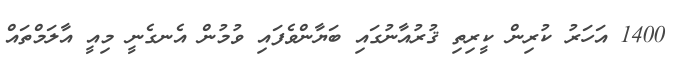
1400 އަހަރު ކުރިން ކީރިތި ޤުރުއާނުގައި ބަޔާންވެފައި ވުމުން އެނގެނީ މިއީ އާލަމްތައް